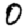
Digit: 0